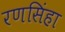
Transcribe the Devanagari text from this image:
रणसिंहा